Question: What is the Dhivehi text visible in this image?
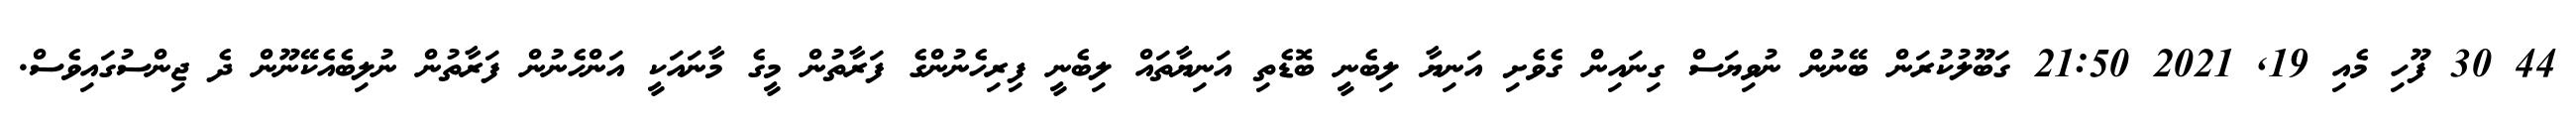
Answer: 44 30 ފޫހި މެއި 19, 2021 21:50 ގަބޫލުކުރަން ބޭނުން ނުވިޔަސް ގިނައިން ގެވެށި އަނިޔާ ލިބެނީ ބޮޑެތި އަނިޔާތައް ލިބެނީ ފިރިހެނުންގެ ފަރާތުން މީގެ މާނައަކީ އަންހެނުން ފަރާތުން ނުލިބެއެކޭނޫން ދެ ޖިންސުގައިވެސް.